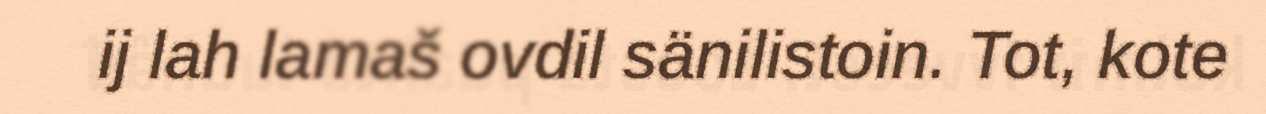
ij lah lamaš ovdil sänilistoin. Tot, kote